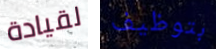
لقيادة بتوظيف